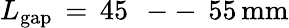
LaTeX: L_{\mathrm{{gap}}}\, =\, 45\, \mathrm{~--~}\, 55\, \mathrm{{mm}}